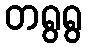
တရွရွ